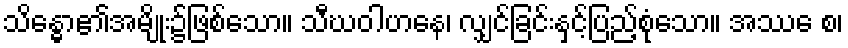
သိန္ဓော၏အမျိုး၌ဖြစ်သော။ သီဃဝါဟနေ၊ လျှင်ခြင်းနှင့်ပြည့်စုံသော။ အဿေ စ၊